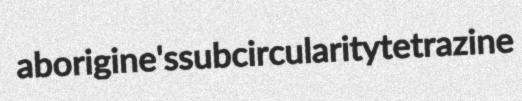
aborigine's subcircularity tetrazine